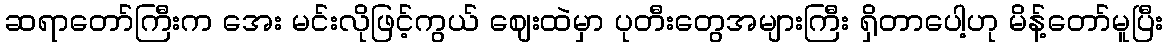
ဆရာတော်ကြီးက အေး မင်းလိုဖြင့်ကွယ် ဈေးထဲမှာ ပုတီးတွေအများကြီး ရှိတာပေါ့ဟု မိန့်တော်မူပြီး